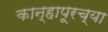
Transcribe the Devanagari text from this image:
कान्हापूरच्या